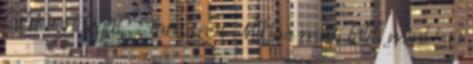
látta vendégül . Tomszer Miklós már több mint 50